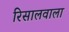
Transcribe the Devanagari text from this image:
रिसालवाला